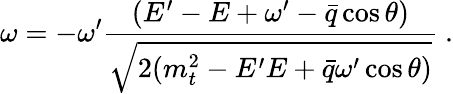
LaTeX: \omega=-\omega^{\prime}\frac{(E^{\prime}-E+\omega^{\prime}-\bar{q}\cos\theta)}{\sqrt{2(m_{t}^{2}-E^{\prime}E+\bar{q}\omega^{\prime}\cos\theta)}}\ .